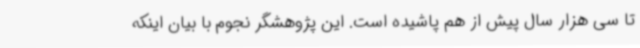
تا سی هزار سال پیش از هم پاشیده است. این پژوهشگر نجوم با بیان اینکه